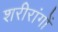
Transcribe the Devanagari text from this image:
शरीरांगों